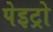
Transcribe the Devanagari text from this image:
पेइट्रो